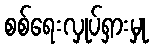
စစ်ရေးလှုပ်ရှားမှု